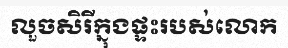
លួចសិរីក្នុងផ្ទះរបស់លោក